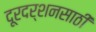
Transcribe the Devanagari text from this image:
दूरदर्शनसाठी